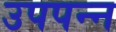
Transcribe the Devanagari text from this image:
उपपन्न